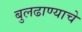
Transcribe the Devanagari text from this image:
बुलढाण्याचे